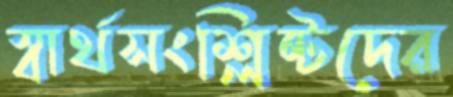
স্বার্থসংশ্লিষ্টদের